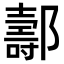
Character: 𨞪